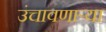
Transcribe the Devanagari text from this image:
उंचावणार्‍या